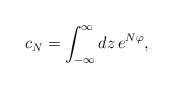
\begin{align*}c_N = \int_{-\infty}^\infty dz\,e^{N\varphi},\end{align*}